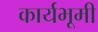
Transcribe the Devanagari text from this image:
कार्यभूमी